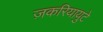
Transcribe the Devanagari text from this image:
ज़करियायुटे